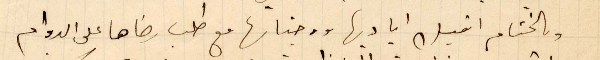
وبالختام اقبل اياديها ووجناتها مع طلب رضاها على الدوام